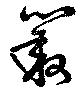
叢